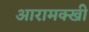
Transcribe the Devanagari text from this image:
आरामक्खी